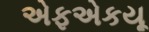
એફએકયૂ